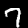
Digit: 7